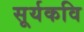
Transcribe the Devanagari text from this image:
सूर्यकवि